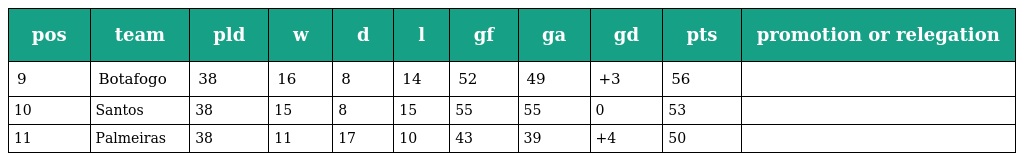
| pos | team | pld | w | d | l | gf | ga | gd | pts | promotion or relegation |
 | --- | --- | --- | --- | --- | --- | --- | --- | --- | --- | --- |
 | 9 | Botafogo | 38 | 16 | 8 | 14 | 52 | 49 | +3 | 56 |  |
 | 10 | Santos | 38 | 15 | 8 | 15 | 55 | 55 | 0 | 53 |  |
 | 11 | Palmeiras | 38 | 11 | 17 | 10 | 43 | 39 | +4 | 50 |  |